Report on sanitation, dispensaries, and jails in Rajputana for 1919, and on vaccination for the year 1919-1920 - 1919-1920
Year: 1919
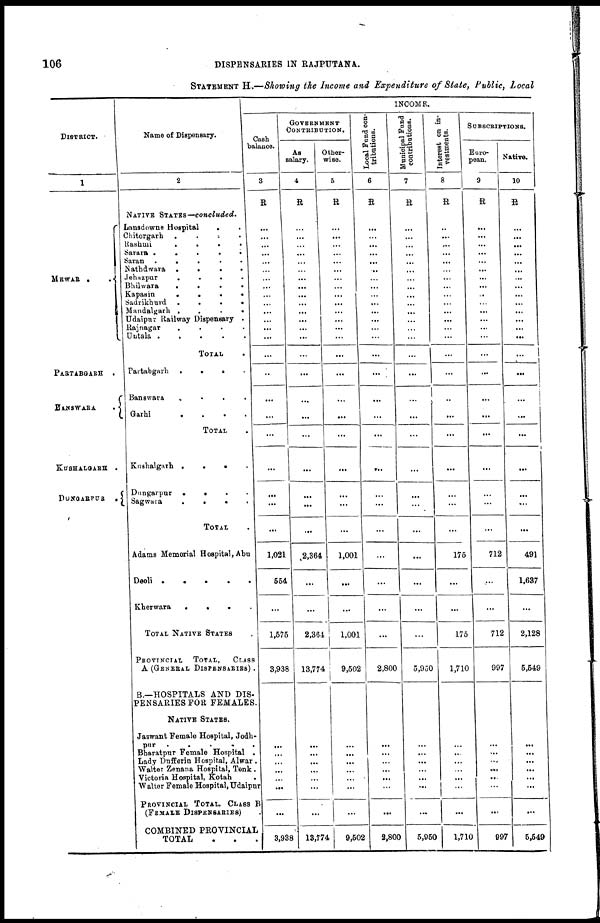
106
DISPENSARIES IN RAJPUTANA.
STATEMENT H.—Showing the Income and Expenditure of State, Public, Local
DISTRICT.
1
MEWAR
.
.
PARTABGARH
BANSWARA .
KUSHALGARH .
DUNGARPUR
.
Name of Dispensary.
2
NATIVE STATES—concluded.
Lansdowne Hospital
. .
Chitorgarh
.
.
.
.
Rashmi
.
.
.
.
Sarara
.
.
.
.
Saran . . . .
Nathdwara
.
.
.
.
Jehazpur
.
.
.
.
Bhilwara
.
.
.
.
Kapasin
.
.
.
.
Sadrikhurd
.
.
.
.
Mandalgarh
.
.
.
.
Udaipur Railway Dispensary .
Rajnagar
.
.
.
.
Untala
.
.
.
.
TOTAL .
Partabgarh
.
.
.
.
Banswara
.
.
.
.
Garhi
.
.
.
.
TOTAL . . . .
Kushalgarh . . . .
Dungarpur . . . .
Sagwara
.
.
.
.
TOTAL .
Adams Memorial Hospital, Abu
Deoli . . . .
Kherwara
.
.
.
TOTAL NATIVE STATES
PROVINCIAL
TOTAL,
CLASS
A (GENERAL DISPENSARIES) .
B.—HOSPITALS AND DIS-
PENSARIES FOR FEMALES.
NATIVE STATES.
Jaswant Female Hospital, Jodh-
pur
.
.
.
.
.
Bharatpnr Female Hospital .
Lady Dufferin Hospital, Alwar .
Walter Zenana Hospital, Tonk .
Victoria Hospital, Kotah
Waltor Female Hospital, Udaipur
PROVINCIAL TOTAL, CLASS B
(FEMALE DISPENSARIES)
COMBINED PROVINCIAL ,
TOTAL
.
.
.
INCOME.
Cash
balance.
3
R
...
...
...
...
...
...
...
...
...
...
...
...
...
...
...
...
...
...
...
...
...
...
...
1,021
554
...
1,575
3,938
...
...
...
...
...
...
...
...
...
3,938
GOVERNMENT
CONTRIBUTION.
As
salary.
4
R
...
...
...
...
...
...
...
...
...
...
...
...
...
...
...
...
...
...
...
...
...
...
...
2,364
...
...
2,364
13,774
...
...
...
...
...
...
...
...
...
13,774
Other-
wise.
5
R
...
...
...
...
...
...
...
...
...
...
...
...
...
...
...
...
...
...
...
...
...
...
...
1,001
...
...
1,001
9,502
...
...
...
...
...
...
...
...
...
9,502
Local Fund con-
tributions.
6
R
...
...
...
...
...
...
...
...
...
...
...
...
...
...
...
...
...
...
...
...
...
...
...
...
...
...
...
2,800
...
...
...
...
...
...
...
...
...
2,800
Municipal Fund
contributions.
7
R
...
...
...
...
...
...
...
...
...
...
...
...
...
...
...
...
...
...
...
...
...
...
...
...
...
...
...
5,950
...
...
...
...
...
...
...
...
...
5,950
Interest on in-
vestments.
8
R
...
...
...
...
...
...
...
...
...
...
...
...
...
...
...
...
...
...
...
...
...
...
...
175
...
...
175
1,710
...
...
...
...
...
...
...
...
...
1,710
SUBSCRIPTIONS.
Euro-
pean.
9
R
...
...
...
...
...
...
...
...
...
...
...
...
...
...
...
...
...
...
...
...
...
...
...
712
...
...
712
997
...
...
...
...
...
...
...
...
...
997
Native.
10
R
...
...
...
...
...
...
...
...
...
...
...
...
...
...
...
...
...
...
...
...
...
...
...
491
1,637
...
2,128
5,549
...
...
...
...
...
...
...
...
...
5,549